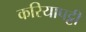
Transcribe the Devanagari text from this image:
करियापट्टी